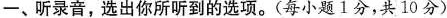
一、听录音，选出你所听到的选项。(每小题1分，共10分)